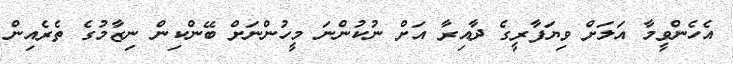
އެހެންވީމާ އަލަށް ވިޔަފާރީގެ ދާއިރާ އަށް ނުކުންނަ މީހުންނަށް ބޭންކިން ނިޒާމުގެ ތެރެއިން